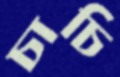
চাচি